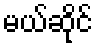
မယ်ဆိုင်